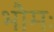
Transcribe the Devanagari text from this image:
भौमः